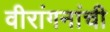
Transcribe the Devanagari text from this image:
वीरांगनांची